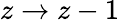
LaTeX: z\to z-1